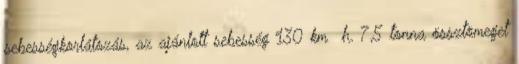
sebességkorlátozás, az ajánlott sebesség 130 km h. 7,5 tonna össztömeget